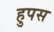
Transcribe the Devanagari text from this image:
हुपस